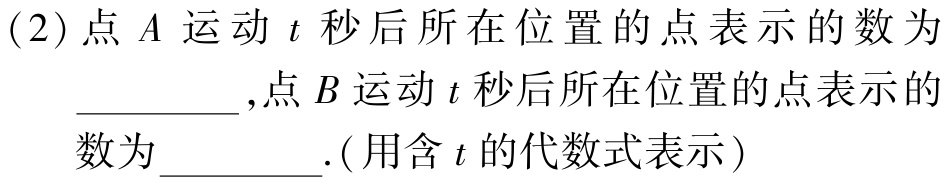
(2)点 \(A\) 运动 \(t\) 秒后所在位置的点表示的数为 _________,点 \(B\) 运动 \(t\) 秒后所在位置的点表示的数为 _________.(用含 \(t\) 的代数式表示)